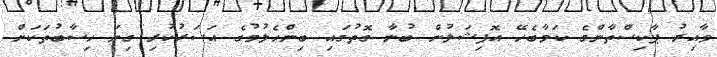
ވާއިރު ޕާކިސްތާންގެ ކަމާބެހޭ އޮފިޝަލުން ބުނާ ގޮތުގައި ބިންހެލުމުގެ އަސަރުކުރި ގިނަ ހިސާބުތަކަށް